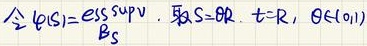
令\(\varphi(s)=\underset{B_s}{\text{ess sup}}v\)，取\(S = \mathbb{R}\)，\(t = R\)，\(\theta\in(0,1)\)。